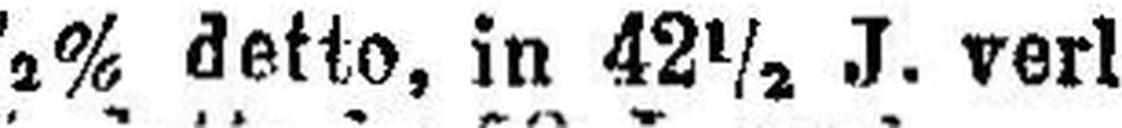
4½% detto, in 42½ J. verl